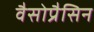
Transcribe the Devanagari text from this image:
वैसोप्रैसिन